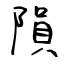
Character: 隕